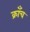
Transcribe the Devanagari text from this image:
क्राँच